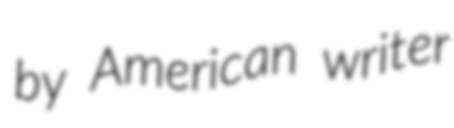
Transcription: by American writer